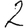
Digit: 2